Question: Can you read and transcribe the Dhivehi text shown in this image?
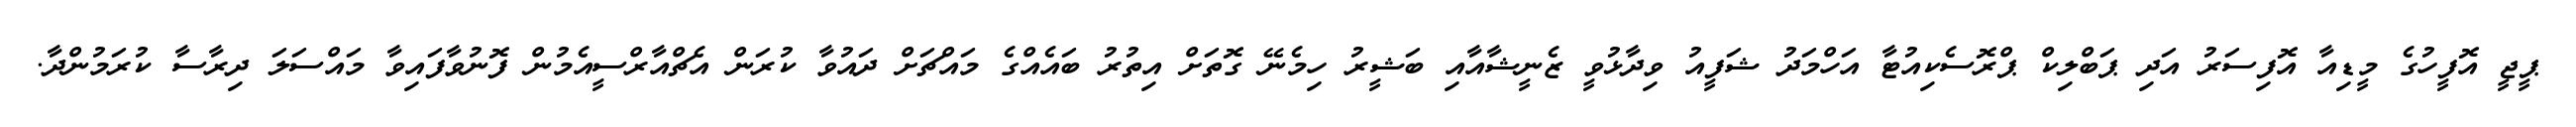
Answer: ޕީޖީ އޮފީހުގެ މީޑިއާ އޮފިސަރު އަދި ޕަބްލިކް ޕްރޮސެކިއުޓާ އަހްމަދު ޝަފީއު ވިދާޅުވީ ޒެނީޝާއާއި ބަޝީރު ހިމެނޭ ގޮތަށް އިތުރު ބައެއްގެ މައްޗަށް ދައުވާ ކުރަން އެޗްއާރްސީއެމުން ފޮނުވާފައިވާ މައްސަލަ ދިރާސާ ކުރަމުންދާ.